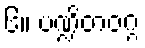
၆။ ပဏ္ဍိတဝဂ္ဂ